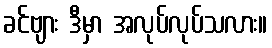
ခင်ဗျား ဒီမှာ အလုပ်လုပ်သလား။